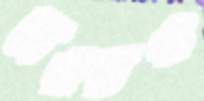
জওডও